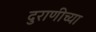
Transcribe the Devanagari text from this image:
दुराणीच्या